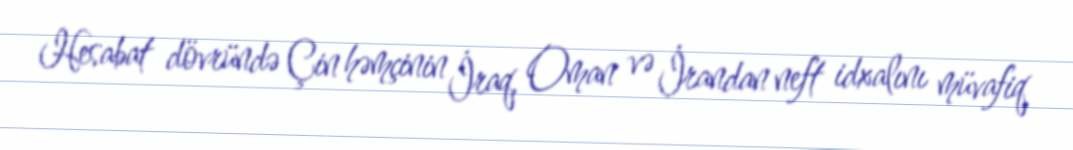
Hesabat dövründə Çin həmçinin İraq, Oman və İrandan neft idxalını müvafiq